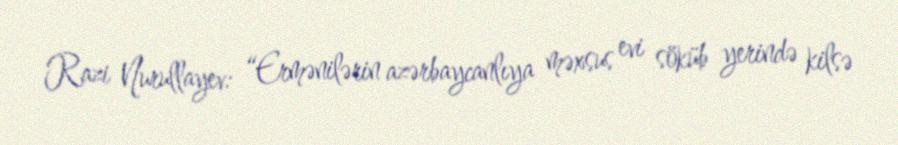
Razi Nurullayev: “Ermənilərin azərbaycanlıya məxsus evi söküb yerində kilsə